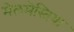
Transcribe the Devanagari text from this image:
मेलमेस्तिया